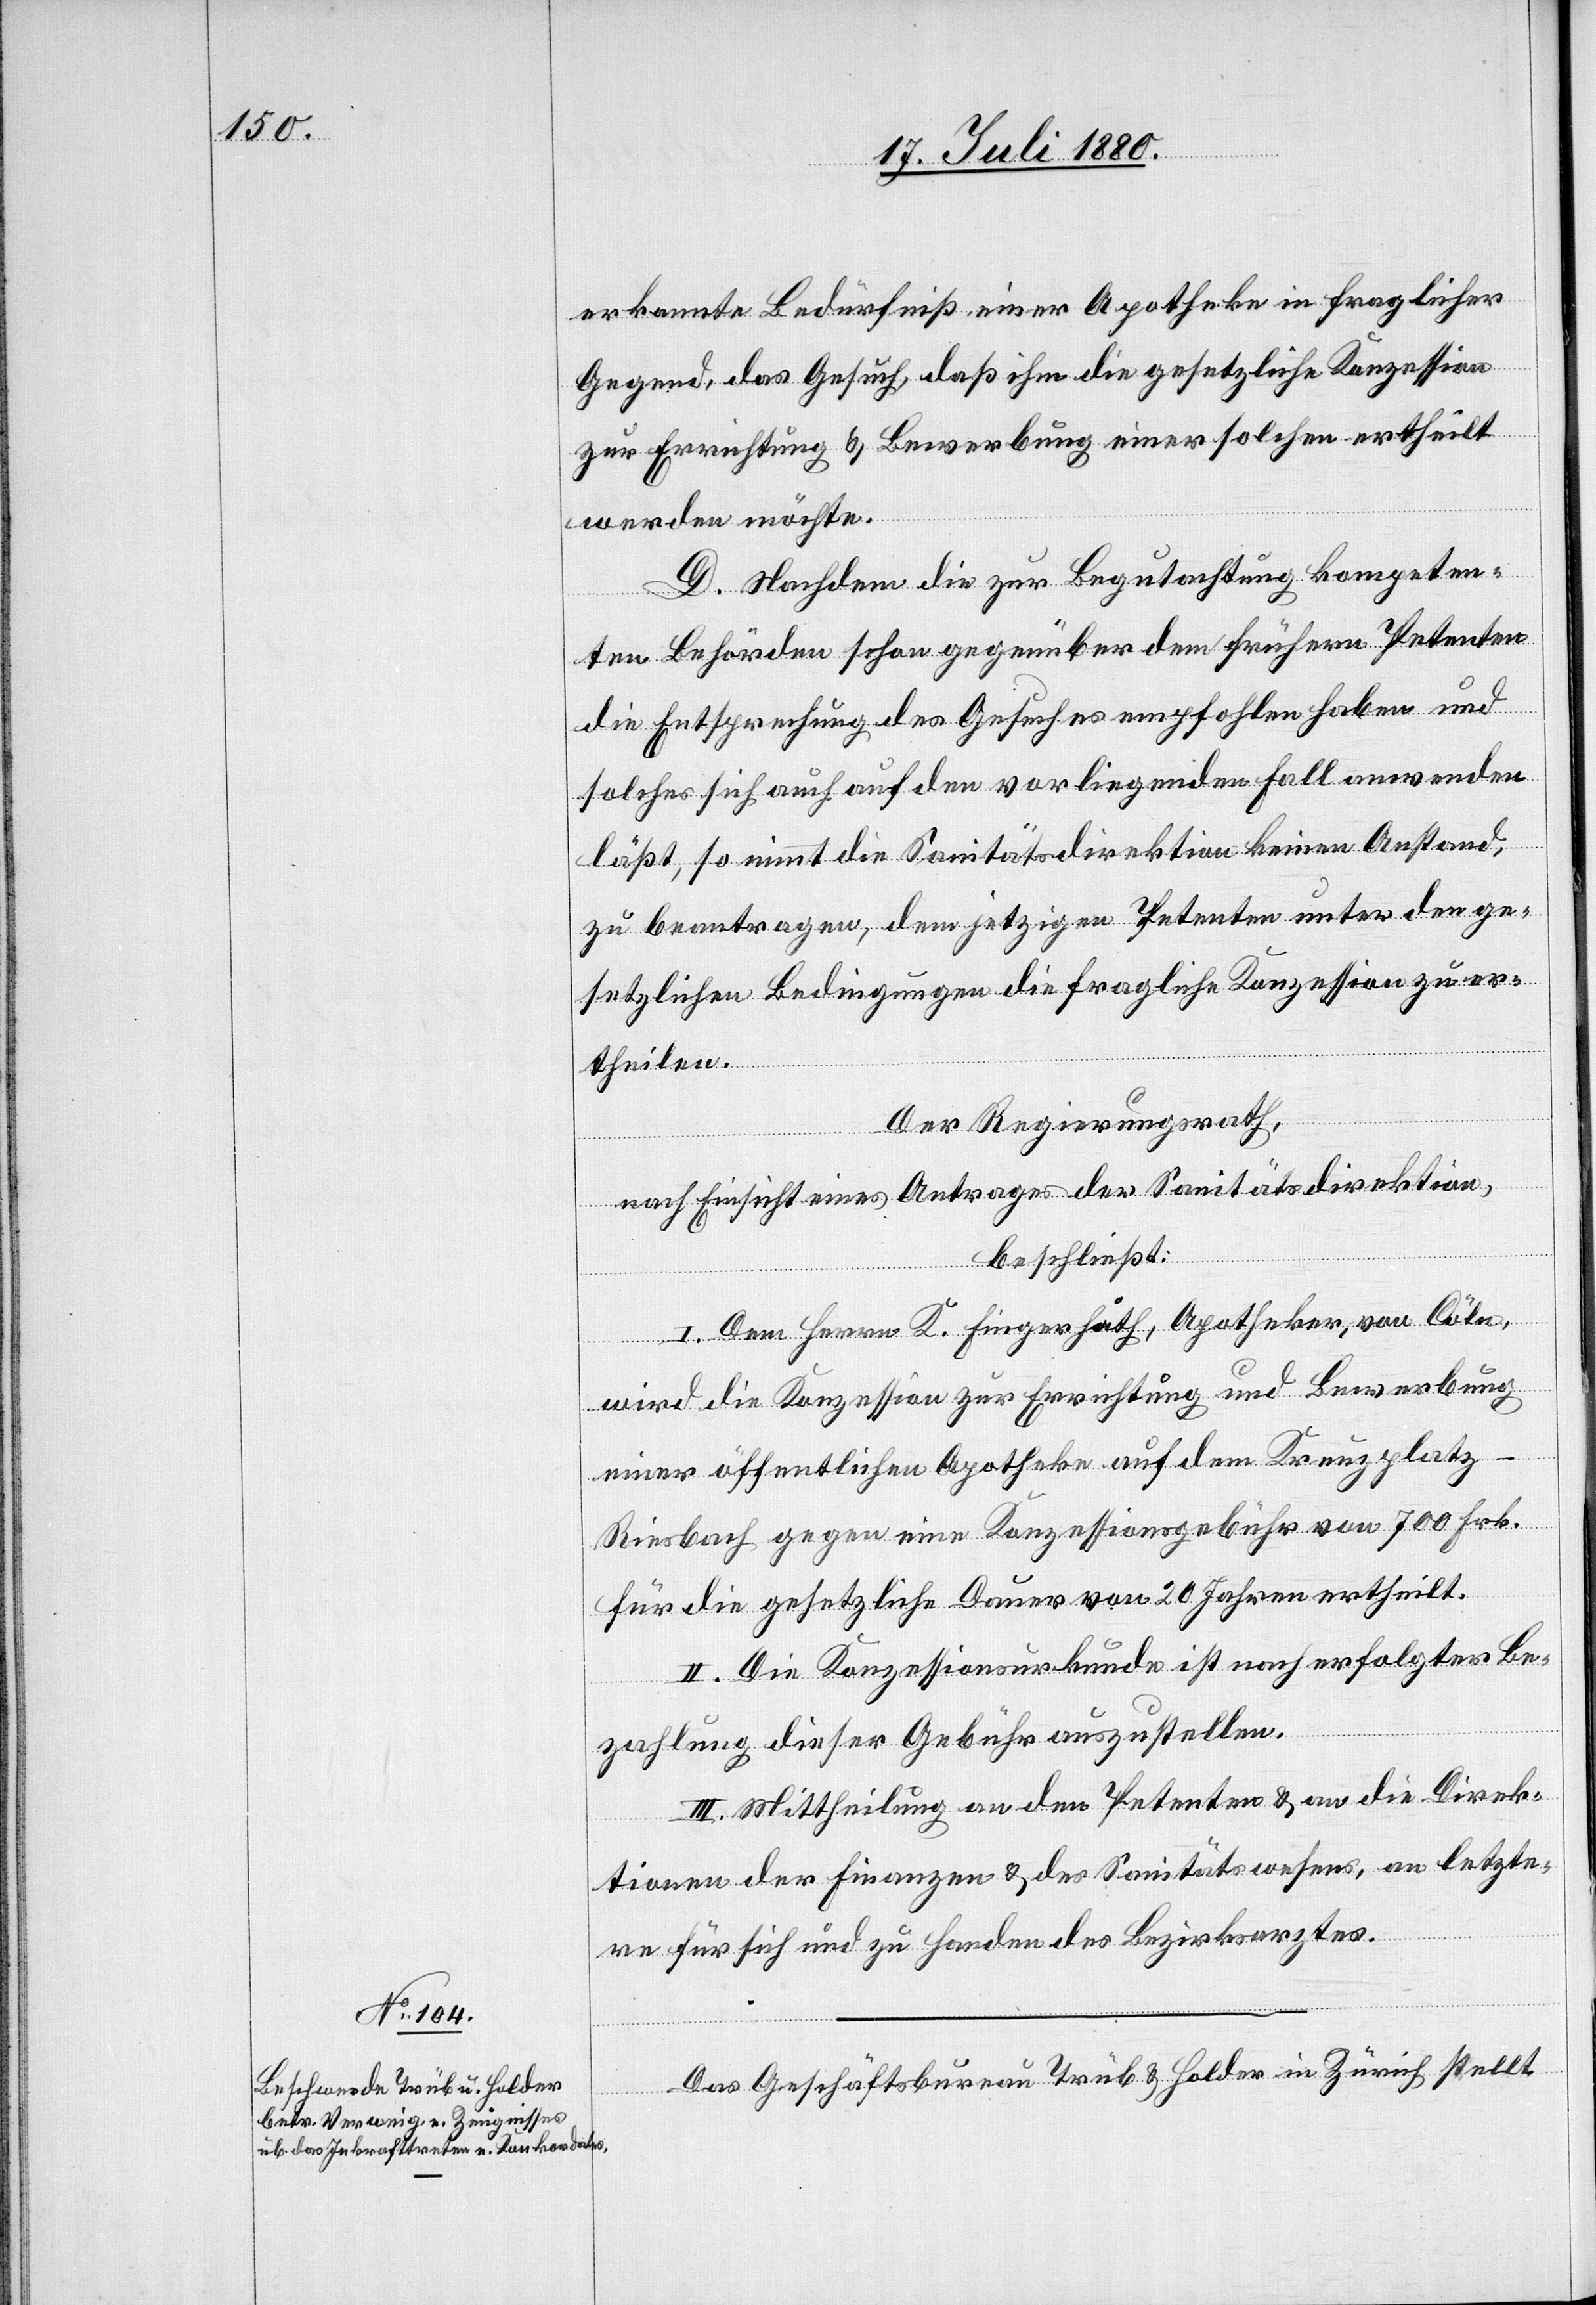
erkannte Bedürfniß einer Apotheke in fraglicher
Gegend, das Gesuch, daß ihm die gesetzliche Konzession
zur Errichtung & Bewerbung einer solchen ertheilt
werden möchte.
D. Nachdem die zur Begutachtung kompeten¬
ten Behörden schon gegenüber dem frühern Petenten
die Entsprechung des Gesuches empfohlen haben und
solches sich auch auf den vorliegenden Fall anwenden
läßt, so nimmt die Sanitätsdirektion keinen Anstand
zu beantragen, dem jetzigen Petenten unter den ge¬
setzlichen Bedingungen die fragliche Konzession zu er¬
theilen.
Der Regierungsrath,
nach Einsicht eines Antrages der Sanitätsdirektion,
beschließt:
I. Dem Herrn K. Fingerhuth, Apotheker, von Cöln,
wird die Konzession zur Errichtung und Bewerbung
einer öffentlichen Apotheke auf dem Kreuzplatz
Riesbach gegen eine Konzessionsgebühr von 700 Fr.
für die gesetzliche Dauer von 20 Jahren ertheilt.
II. Die Konzessionsurkunde ist nach erfolgter Be¬
zahlung dieser Gebühr auszustellen.
III. Mittheilung an den Petenten & an die Direk¬
tionen der Finanzen & des Sanitätswesens, an letzte¬
re für sich und zu Handen des Bezirksarztes.
Das Geschäftsbureau Trüb & Holder in Zürich stellt